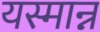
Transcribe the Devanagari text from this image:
यस्मान्न